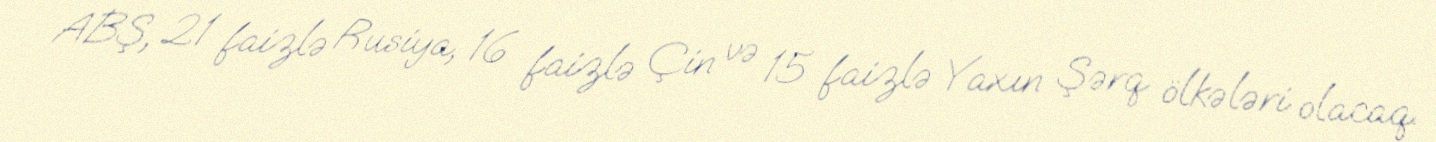
ABŞ, 21 faizlə Rusiya, 16 faizlə Çin və 15 faizlə Yaxın Şərq ölkələri olacaq.